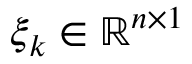
\xi _ { k } \in \mathbb { R } ^ { n \times 1 }